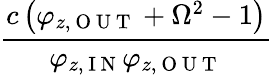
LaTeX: \frac{c\left(\varphi_{z,\mathrm{~O~U~T~}}+\Omega^{2}-1\right)}{\varphi_{z,\mathrm{~I~N~}}\varphi_{z,\mathrm{~O~U~T~}}}